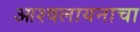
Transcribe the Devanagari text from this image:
आश्वलायनाचा